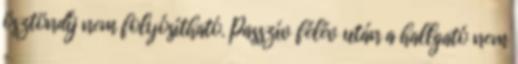
ösztöndíj nem folyósítható. Passzív félév után a hallgató nem